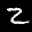
Label: 2